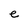
Character: e